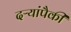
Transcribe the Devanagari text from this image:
दऱ्यांपैकी